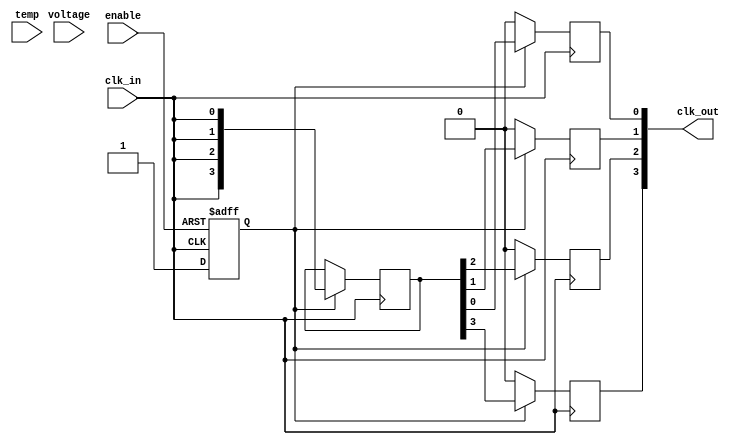
module low_power_clock_buffer #(
    parameter NUM_OUTPUTS = 4,
    parameter DUTY_CYCLE = 50, // Specify duty cycle for clock generation
    parameter DRIVE_STRENGTH = 1 // Specify output drive strength (can be further defined)
) (
    input wire clk_in,           // Clock input
    input wire enable,           // Enable signal to turn the buffer on or off
    input wire [31:0] voltage,   // Voltage scaling input
    input wire [31:0] temp,      // Temperature compensation input
    output reg [NUM_OUTPUTS-1:0] clk_out // Buffered clock outputs
);
    
    // Internal signals
    reg [NUM_OUTPUTS-1:0] clk_out_internal; // Internal buffered clock outputs
    reg clk_gate; // Clock gating control

    // Sleep mode control
    always @(posedge clk_in or negedge enable) begin
        if (!enable) begin
            clk_gate <= 1'b0; // Disable clock outputs
        end else begin
            clk_gate <= 1'b1; // Enable clock outputs
        end
    end

    // Clock buffering process
    always @(posedge clk_in) begin
        if (clk_gate) begin
            // Buffer the input clock to the output
            clk_out_internal = {NUM_OUTPUTS{clk_in}};
        end
        // Controlled rise and fall time can be implemented with delays if needed
    end

    // Assign the buffered clock with drive strength control
    generate
        genvar i;
        for (i = 0; i < NUM_OUTPUTS; i = i + 1) begin : clk_buffer
            always @(posedge clk_in) begin
                if (clk_gate) begin
                    clk_out[i] <= clk_out_internal[i]; // Assign the buffered clock output
                end else begin
                    clk_out[i] <= 1'b0; // If disabled, set output to low
                end
            end
        end
    endgenerate

    // Additional features for voltage and temperature compensation can be added as required
    // For example: control output strength based on voltage and temperature

endmodule